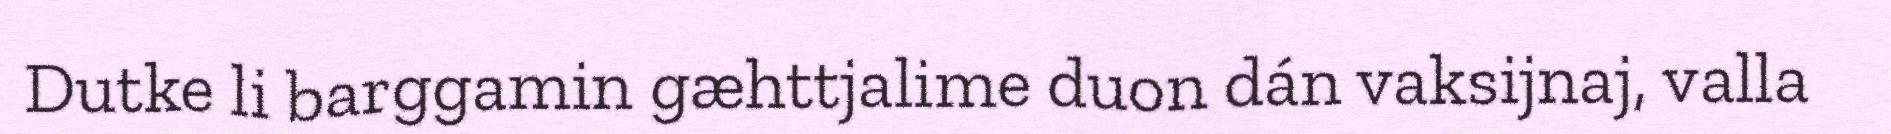
Dutke li barggamin gæhttjalime duon dán vaksijnaj, valla